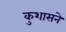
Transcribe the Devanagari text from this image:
कुशासने